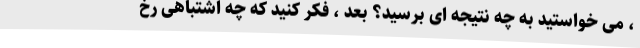
، می خواستید به چه نتیجه ای برسید؟ بعد ، فکر کنید که چه اشتباهی رخ